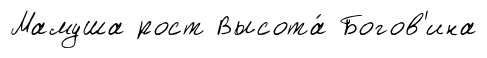
Мамуша рост Высота́ Богов'ина